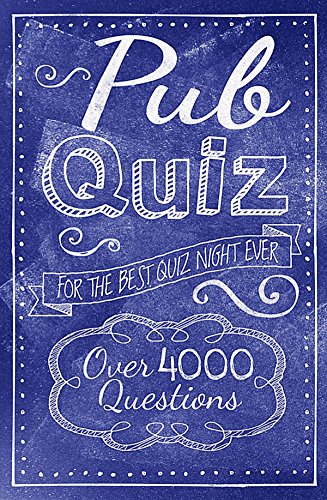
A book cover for Pub Quiz; Arcturus Publishing; Humor & Entertainment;